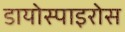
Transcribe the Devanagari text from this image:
डायोस्पाइरोस